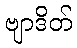
ဗျာဒိတ်